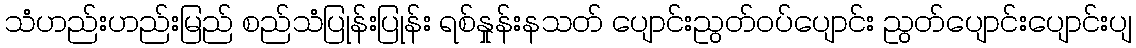
သံဟည်းဟည်းမြည် စည်သံပြုန်းပြုန်း ရစ်နှုန်းနသတ် ပျောင်းညွတ်ဝပ်ပျောင်း ညွတ်ပျောင်းပျောင်းပျ